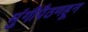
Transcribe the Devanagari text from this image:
मुंगीपैठणहून